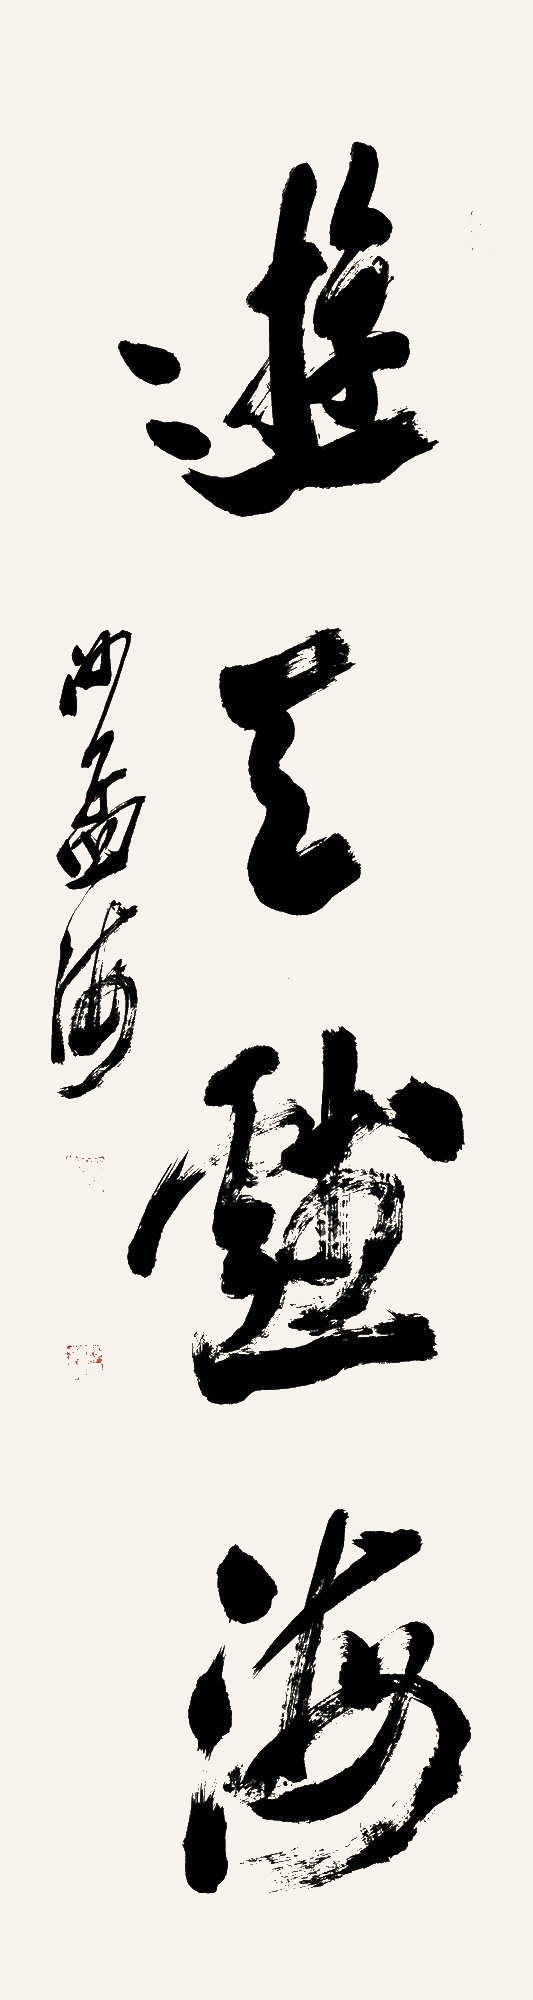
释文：游天戏海沙孟海